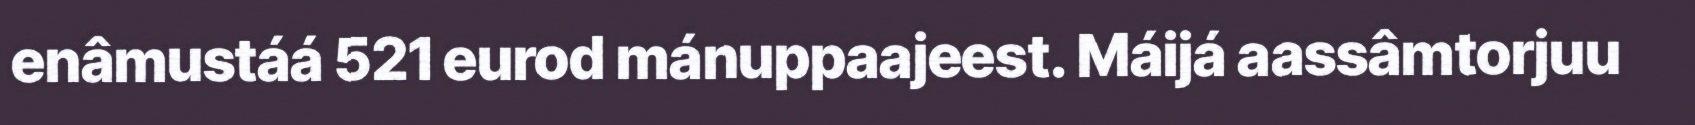
enâmustáá 521 eurod mánuppaajeest. Máijá aassâmtorjuu